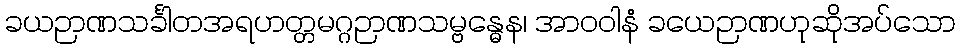
ခယဉာဏသင်္ခါတအရဟတ္တမဂ္ဂဉာဏသမ္ဗန္ဓေန၊ အာဝဝါနံ ခယေဉာဏဟုဆိုအပ်သော